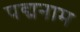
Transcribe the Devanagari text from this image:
पद्मनाम